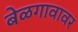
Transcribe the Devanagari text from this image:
बेळगावावर